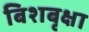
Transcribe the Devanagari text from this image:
बिशबृक्षा